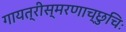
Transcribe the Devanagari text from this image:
गायत्रीस्मरणाच्छुचिः